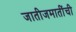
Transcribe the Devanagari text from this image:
जातीजमातींची